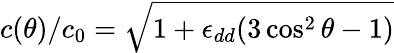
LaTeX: c(\theta)/c_{0}=\sqrt{1+\epsilon_{dd}(3\cos^{2}\theta-1)}